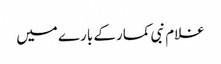
غلام نبی کمار کے بارے میں